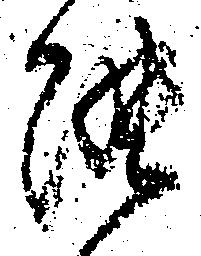
能